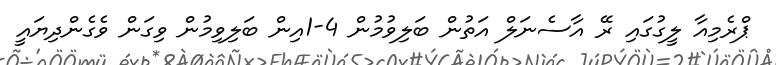
ޕްރެމިއާ ލީގުގައި ރޭ އާސެނަލް އަތުން ބަލިވުމުން 4-1އިން ބަލިވިމުން ވިގަން ވެގެންދިޔައީ